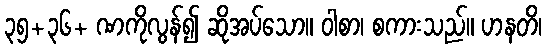
၃၅+၃၆+ ဏကိုလွန်၍ ဆိုအပ်သော။ ဝါစာ၊ စကားသည်။ ဟနတိ၊